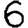
Digit: 6